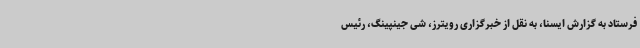
فرستاد به گزارش ایسنا، به نقل از خبرگزاری رویترز، شی جینپینگ، رئیس